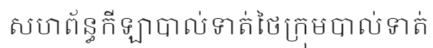
សហព័ន្ធកីឡាបាល់ទាត់ថៃក្រុមបាល់ទាត់